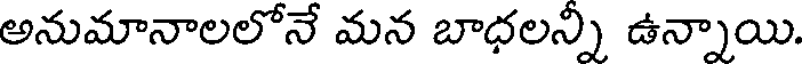
అనుమానాలలోనే మన బాధలన్ని ఉన్నాయి.